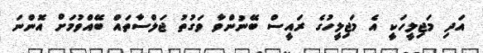
އަދި މަޖިލީހަކީ އެ މަޖިލީހުގެ ރައީސް ބޭނުންވާ ވަގުތު ޖަލްސާތައް ބޭއްވުމަށް އޮންނަ